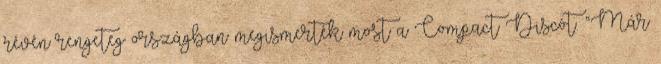
révén rengeteg országban megismerték most a Compact Discót. “Már